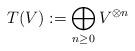
LaTeX: \begin{align*}T(V) :=\bigoplus_{n\ge0}V^{\otimes n}\end{align*}